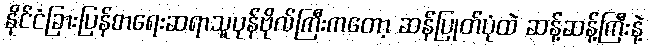
နိုင်ငံခြားပြန်စာရေးဆရာသူပုန်ဗိုလ်ကြီးကတော့ ဆန်ပြုတ်ပုံထဲ ဆန့်ဆန့်ကြီးနဲ့